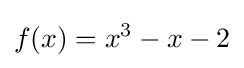
f(x)=x^{3}-x-2